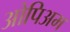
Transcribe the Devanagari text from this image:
ओपिअम